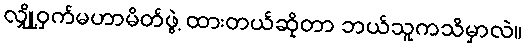
လျှို့ဝှက်မဟာမိတ်ဖွဲ့ ထားတယ်ဆိုတာ ဘယ်သူကသိမှာလဲ။